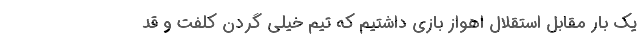
یک بار مقابل استقلال اهواز بازی داشتیم که تیم خیلی گردن کلفت و قد